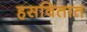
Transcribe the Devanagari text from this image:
हसवितात